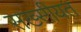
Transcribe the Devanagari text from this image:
सख्सीयत